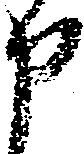
申